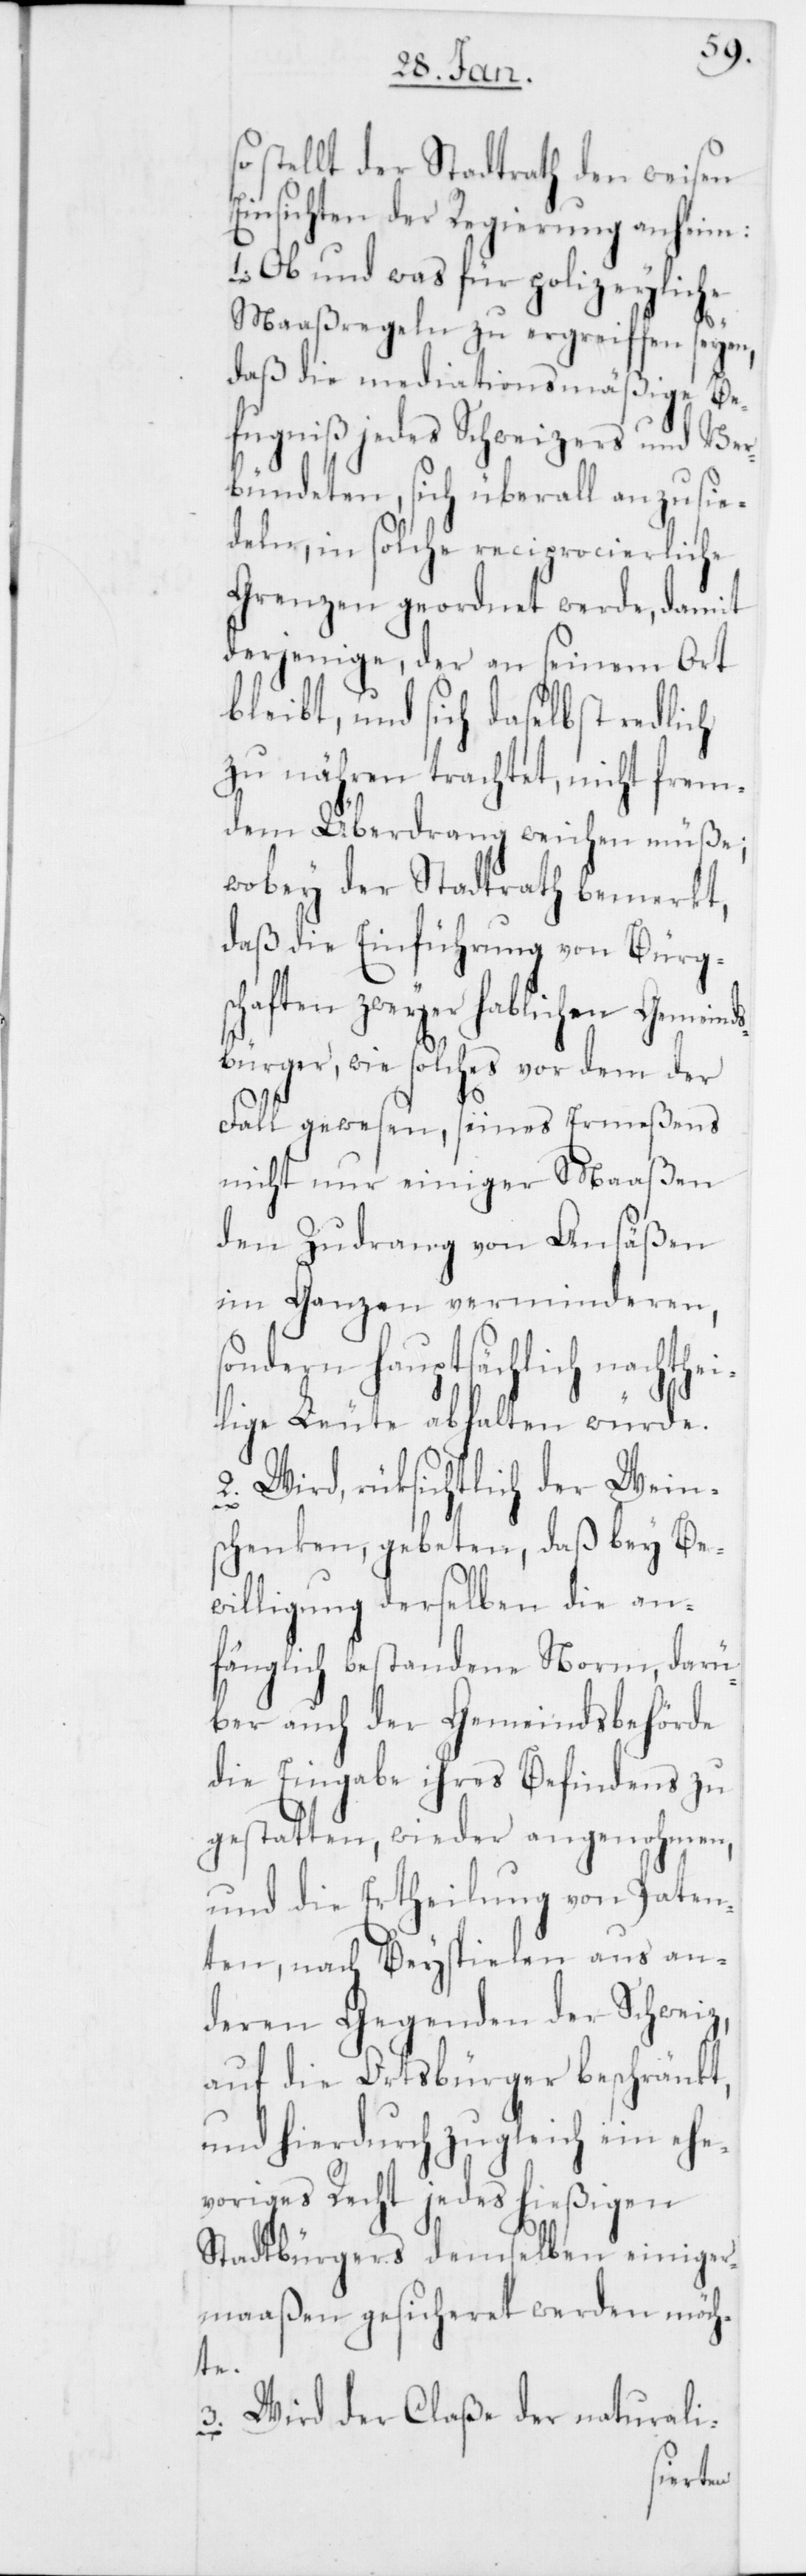
stellt der Stadtrath den weisen
Einsichten der Regierung anheim:
1. Ob und was für polizeyliche
Maaßregeln zu ergreiffen seyen
daß die mediationsmäßige Be¬
fugniß jedes Schweizers und Ver¬
bündeten, sich überall anzusie¬
deln, in solche reciprocierliche
Grenzen geordnet werde, damit
derjenige, der an seinem Ort
bleibt, und sich daselbst redlich
zu nähren trachtet, nicht frem¬
den Überdrang weichen müße;
wobey der Stadtrath bemerkt,
daß die Einführung von Bürg¬
schaften zweyer hablicher Gemeind¬
sbürger, wie solches vor dem der
Fall gewesen, seines Ermeßens
nicht nur einiger Maaßen
den Zudrang von Ansäßen
im Ganzen verminderen,
sondern hauptsächlich nachthei¬
lige Leute abhalten würde.
2. Wird, rüksichtlich der Wein¬
schenken, gebeten, daß bey Be¬
willigung derselben die an¬
fänglich bestandene Norm, darü¬
örde
ber auch der Gemeindsb¬
die Eingabe ihres Befindens zu
gestatten, wieder angenohmen,
aten¬
und die Ertheilung von
ten, nach Beyspielen aus an¬
deren Gegenden der Schweiz,
auf die Ortsbürger beschränkt,
und hierdurch zugleich ein ehe¬
voriges Recht jedes hießigen
Stadtbürgers demselben einiger¬
maaßen gesicheret werden möch¬
te.
3. Wird der Claße der naturali-
P¬